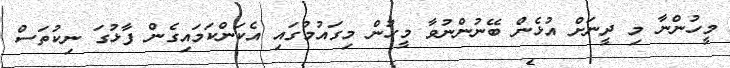
މީހުންނާ މި ދީނަށް އުޅެން ބޭނުންނުވާ މީހުން މިގައުމުގައި އެކަންކަމައިގެން ފާޅުގަ ނިކުތަސް